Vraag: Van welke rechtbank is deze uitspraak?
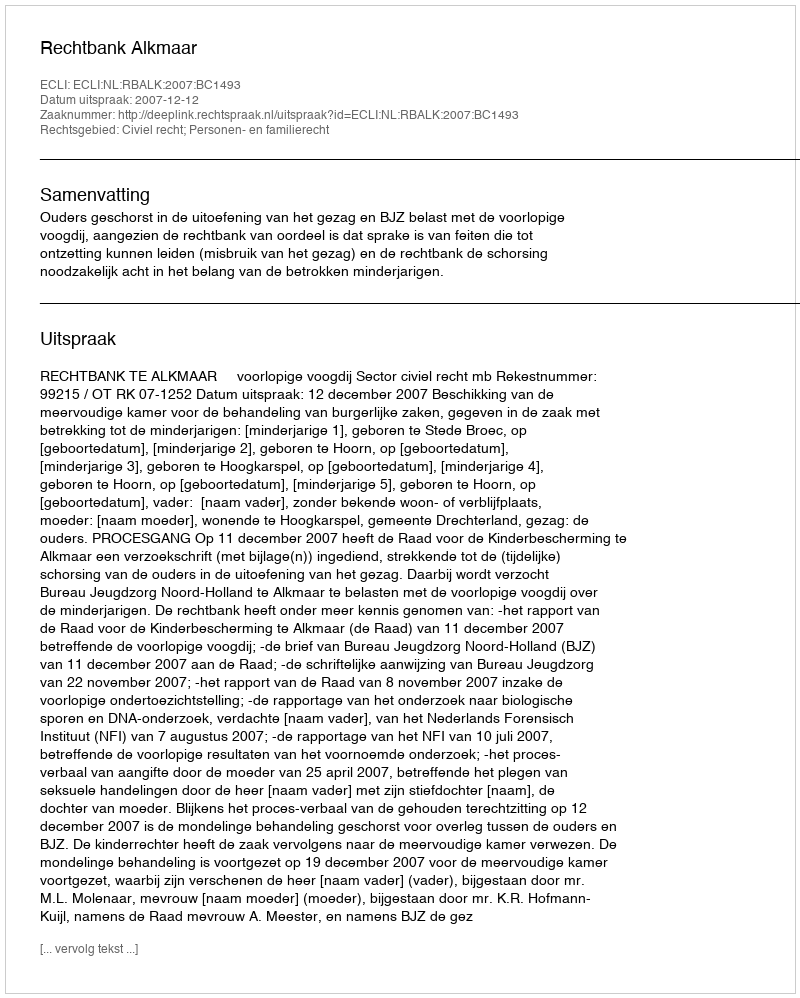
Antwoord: Rechtbank Alkmaar